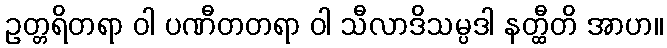
ဥတ္တရိတရာ ဝါ ပဏီတတရာ ဝါ သီလာဒိသမ္ပဒါ နတ္ထီတိ အာဟ။